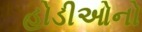
હોડીઓનો